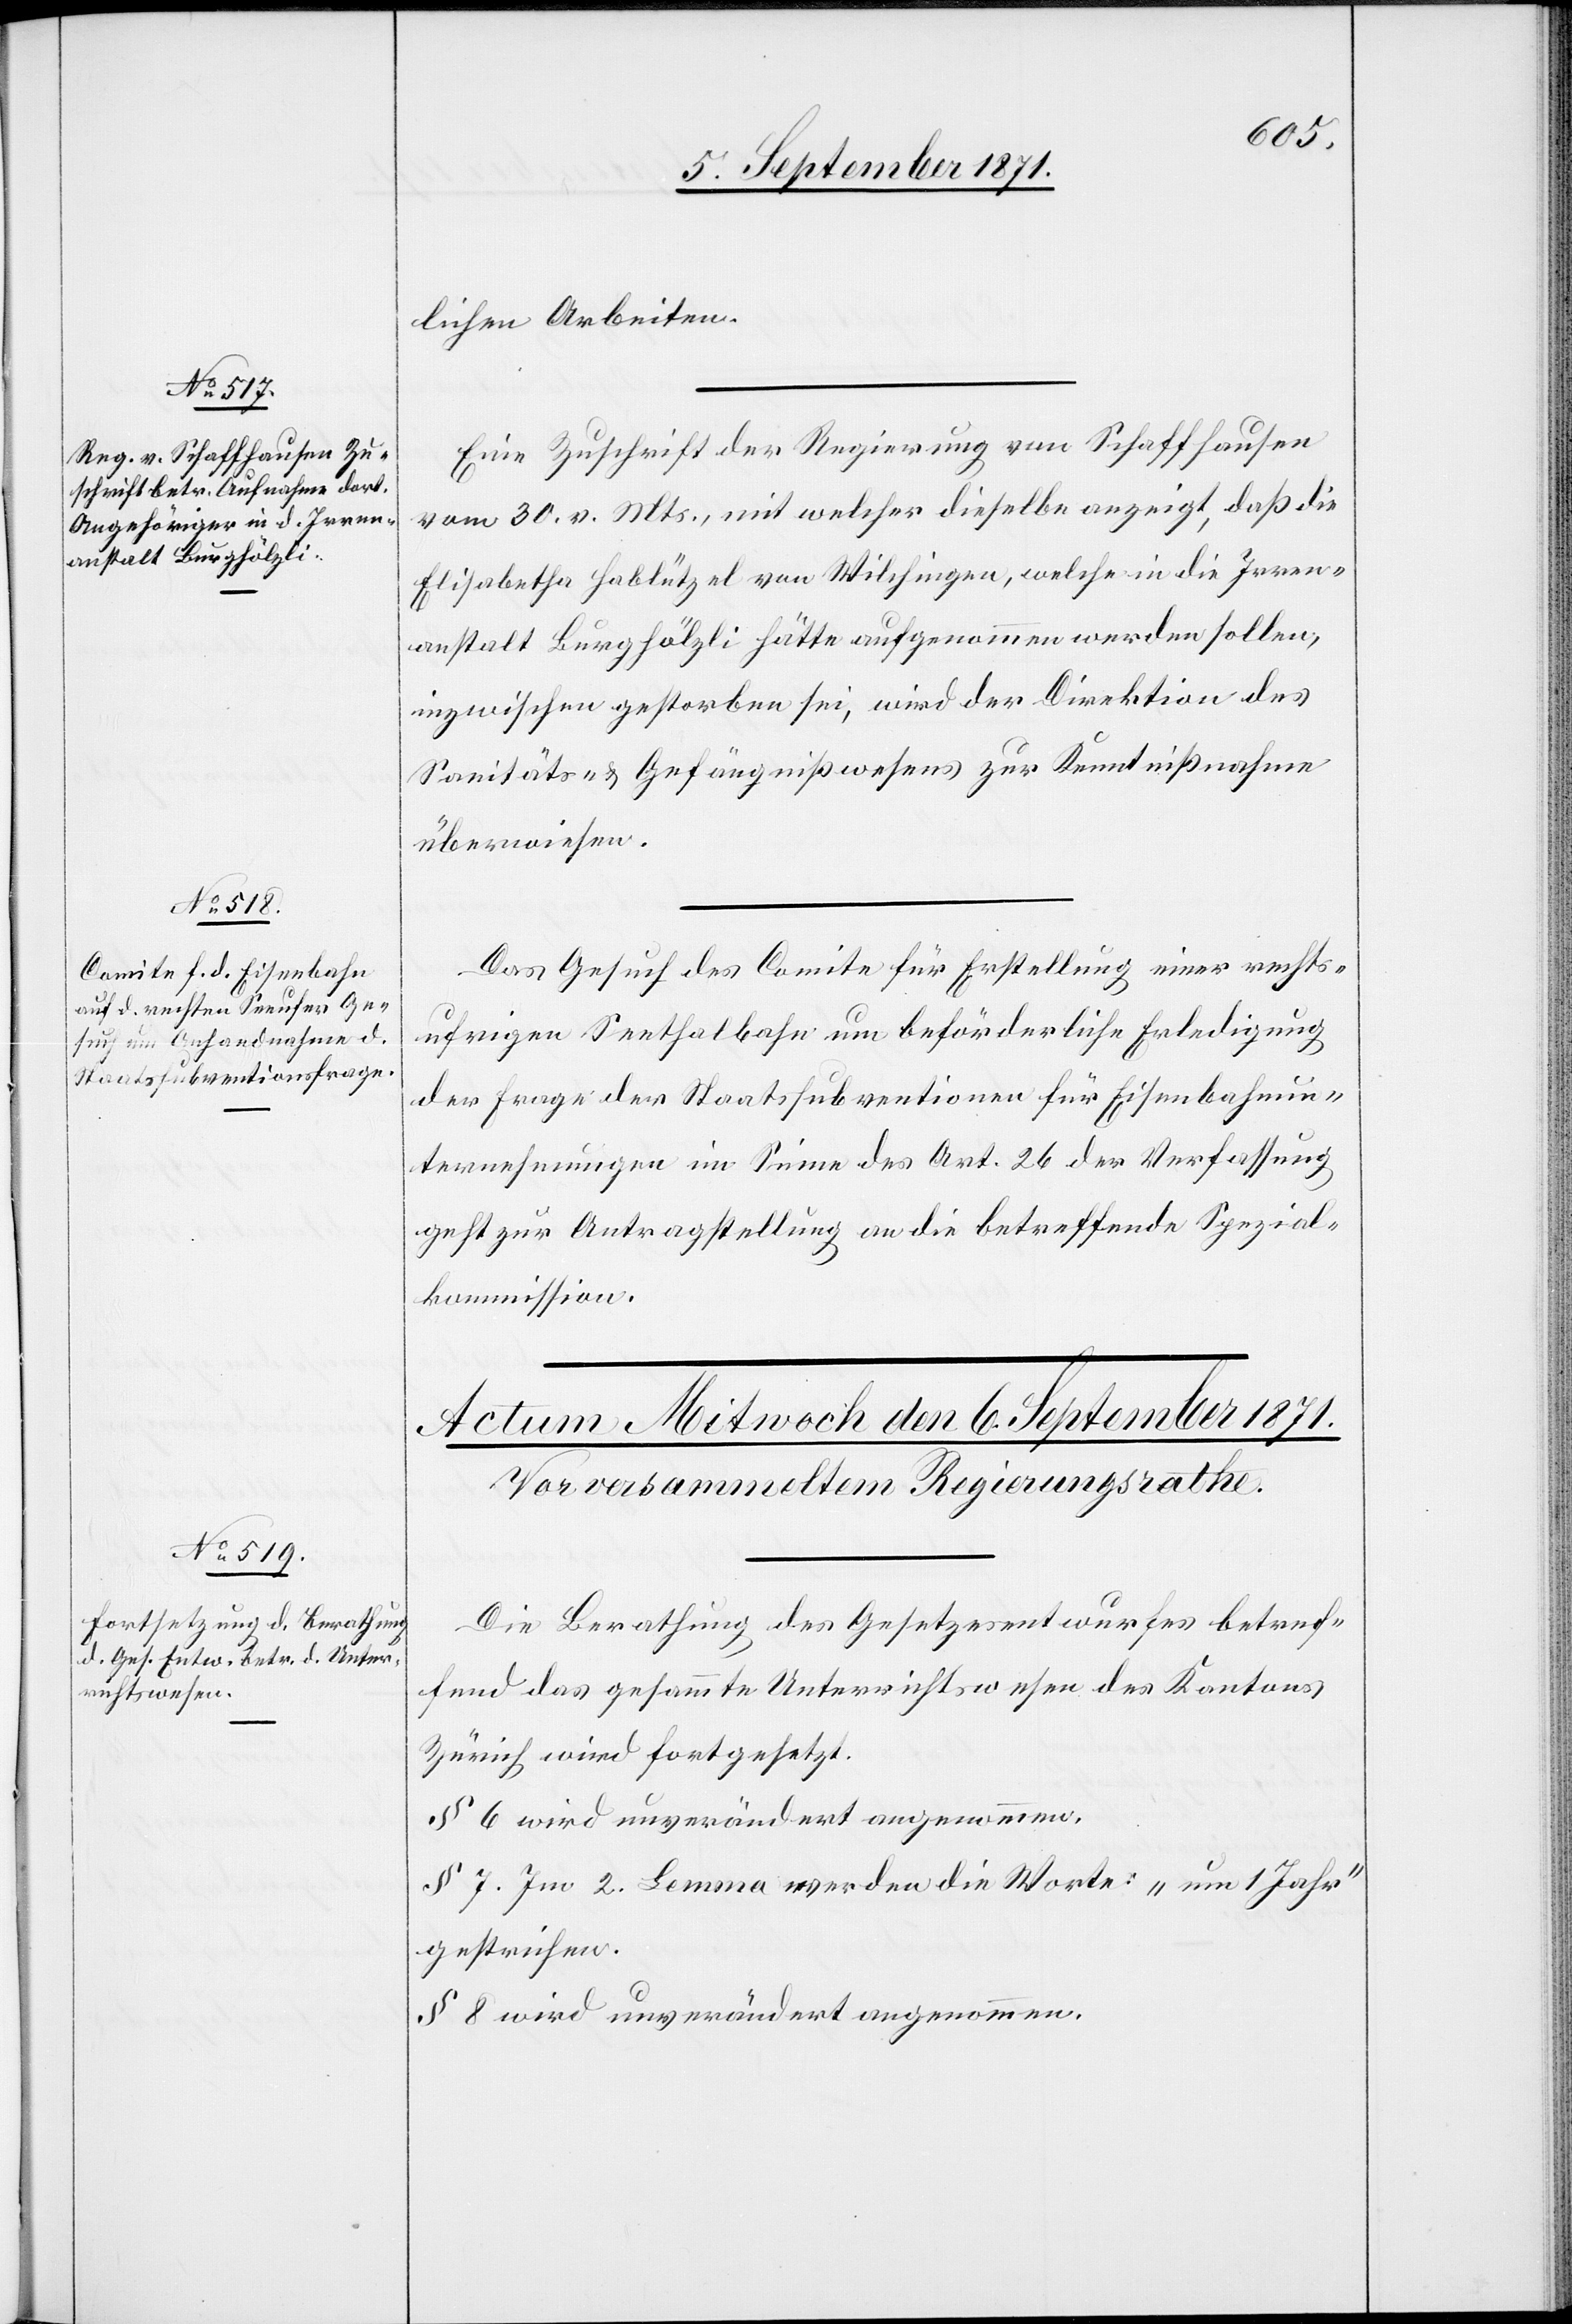
5. September 1871.]
lichen Arbeiten.
Eine Zuschrift der Regierung von Schaffhausen
vom 30. v. Mts., mit welcher dieselbe anzeigt, daß die
Elisabetha Hablützel von Wilchingen, welche in die Irren¬
anstalt Burghölzli hätte aufgenommen werden sollen,
inzwischen gestorben sei, wird der Direktion des
Sanitäts- & Gefängnißwesens zur Kenntnißnahme
überwiesen.
Das Gesuch des Comite für Erstellung einer rechts¬
uferigen Seethalbahn um behördliche Erledigung
der Frage der Staatssubventionen für Eisenbahnun¬
ternehmungen im Sinne des Art. 26 der Verfassung
geht zur Antragstellung an die betreffende Spezial¬
kommission.
Die Berathung des Gesetzesentwurfes betref¬
fend das gesammte Unterrichtswesen des Kantons
Zürich wird fortgesetzt.
§ 7. Im 2. Lemma werden die Worte: „um 1 Jahr“
gestrichen.
§ 8 wird unverändert angenommen.